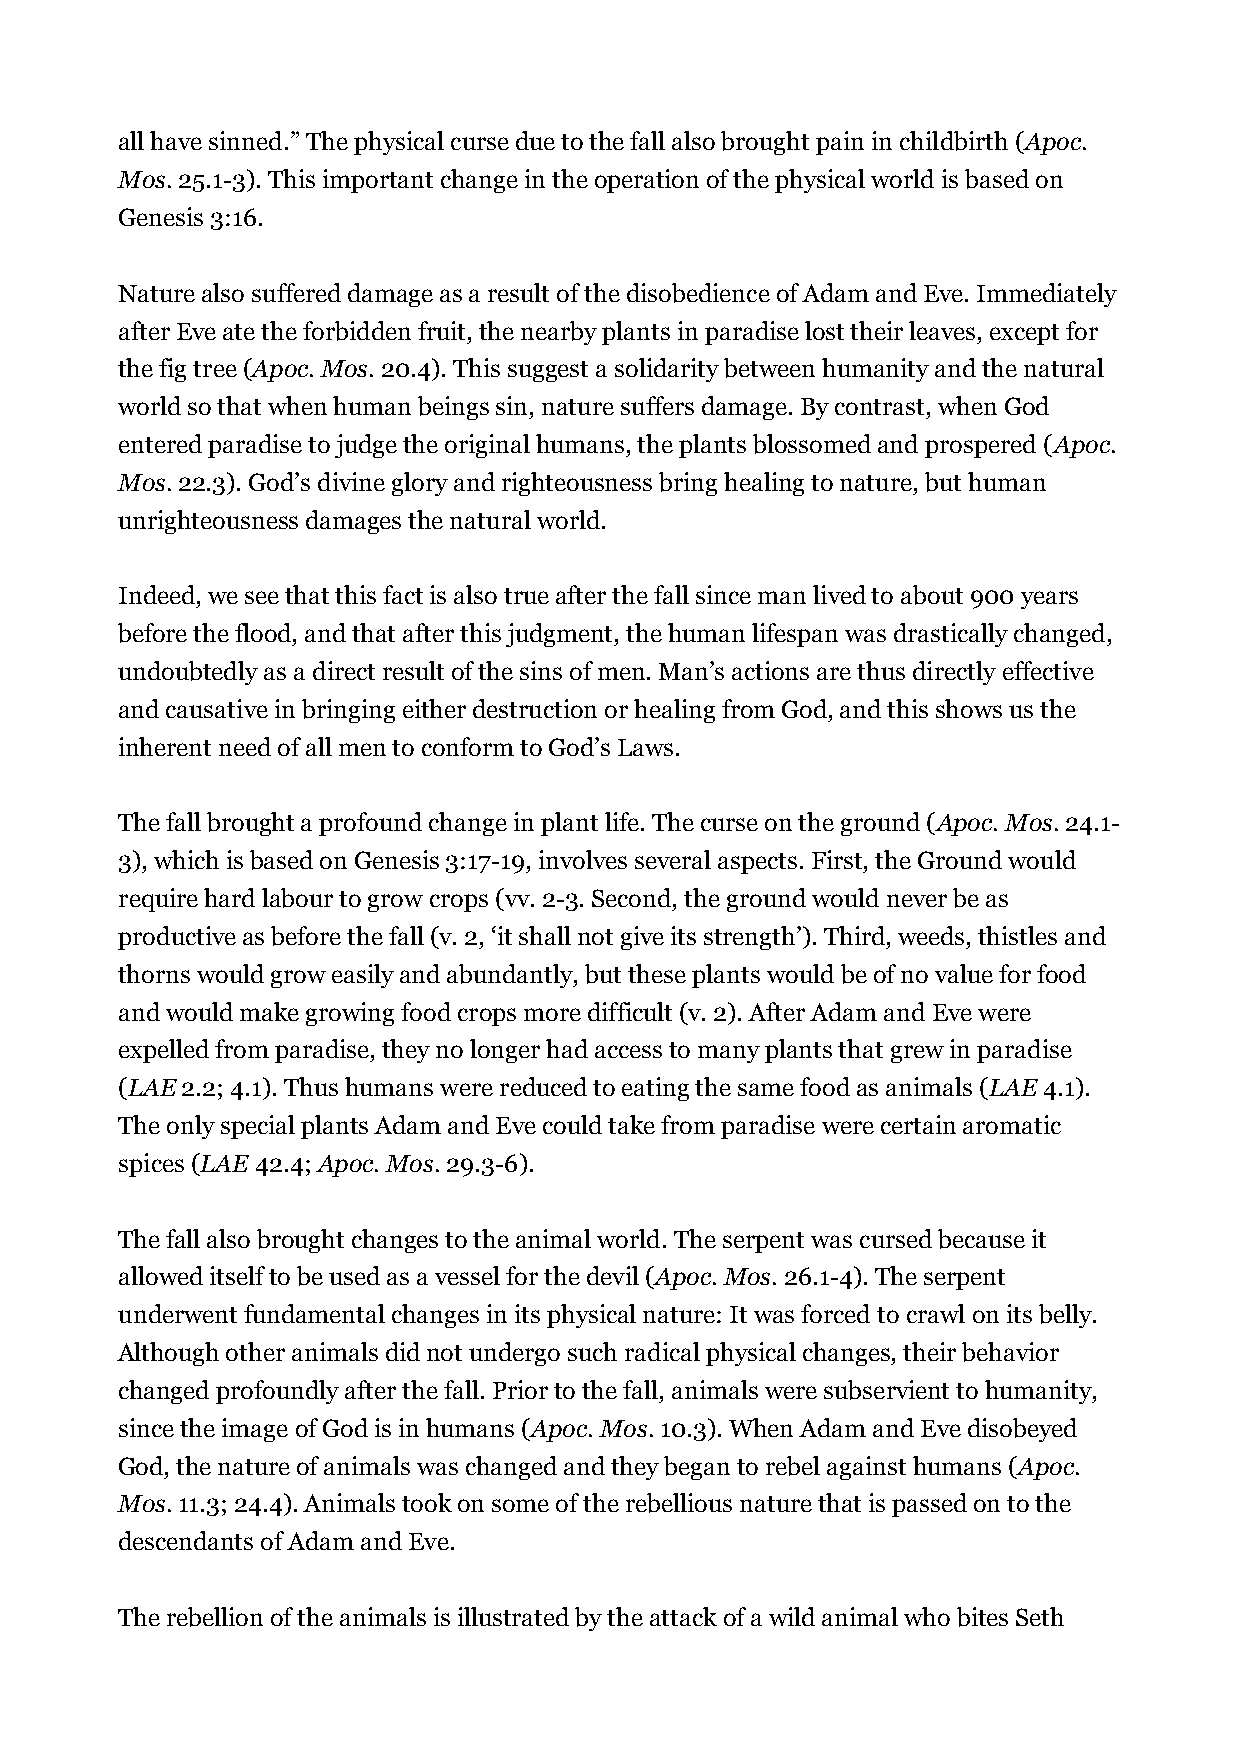
all have sinned.” The physical curse due to the fall also brought pain in childbirth (Apoc.
 Mos. 25.1-3). This important change in the operation of the physical world is based on
 Genesis 3:16.
 Nature also suffered damage as a result of the disobedience of Adam and Eve. Immediately
 after Eve ate the forbidden fruit, the nearby plants in paradise lost their leaves, except for
 the fig tree (Apoc. Mos. 20.4). This suggest a solidarity between humanity and the natural
 world so that when human beings sin, nature suffers damage. By contrast, when God
 entered paradise to judge the original humans, the plants blossomed and prospered (Apoc.
 Mos. 22.3). God’s divine glory and righteousness bring healing to nature, but human
 unrighteousness damages the natural world.
 Indeed, we see that this fact is also true after the fall since man lived to about 900 years
 before the flood, and that after this judgment, the human lifespan was drastically changed,
 undoubtedly as a direct result of the sins of men. Man’s actions are thus directly effective
 and causative in bringing either destruction or healing from God, and this shows us the
 inherent need of all men to conform to God’s Laws.
 The fall brought a profound change in plant life. The curse on the ground (Apoc. Mos. 24.1-
 3), which is based on Genesis 3:17-19, involves several aspects. First, the Ground would
 require hard labour to grow crops (vv. 2-3. Second, the ground would never be as
 productive as before the fall (v. 2, ‘it shall not give its strength’). Third, weeds, thistles and
 thorns would grow easily and abundantly, but these plants would be of no value for food
 and would make growing food crops more difficult (v. 2). After Adam and Eve were
 expelled from paradise, they no longer had access to many plants that grew in paradise
 (LAE 2.2; 4.1). Thus humans were reduced to eating the same food as animals (LAE 4.1).
 The only special plants Adam and Eve could take from paradise were certain aromatic
 spices (LAE 42.4; Apoc. Mos. 29.3-6).
 The fall also brought changes to the animal world. The serpent was cursed because it
 allowed itself to be used as a vessel for the devil (Apoc. Mos. 26.1-4). The serpent
 underwent fundamental changes in its physical nature: It was forced to crawl on its belly.
 Although other animals did not undergo such radical physical changes, their behavior
 changed profoundly after the fall. Prior to the fall, animals were subservient to humanity,
 since the image of God is in humans (Apoc. Mos. 10.3). When Adam and Eve disobeyed
 God, the nature of animals was changed and they began to rebel against humans (Apoc.
 Mos. 11.3; 24.4). Animals took on some of the rebellious nature that is passed on to the
 descendants of Adam and Eve.
 The rebellion of the animals is illustrated by the attack of a wild animal who bites Seth